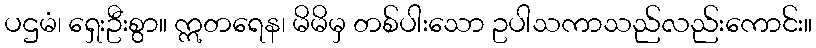
ပဌမံ၊ ရှေးဦးစွာ။ ဣတရေန၊ မိမိမှ တစ်ပါးသော ဥပါသကာသည်လည်းကောင်း။